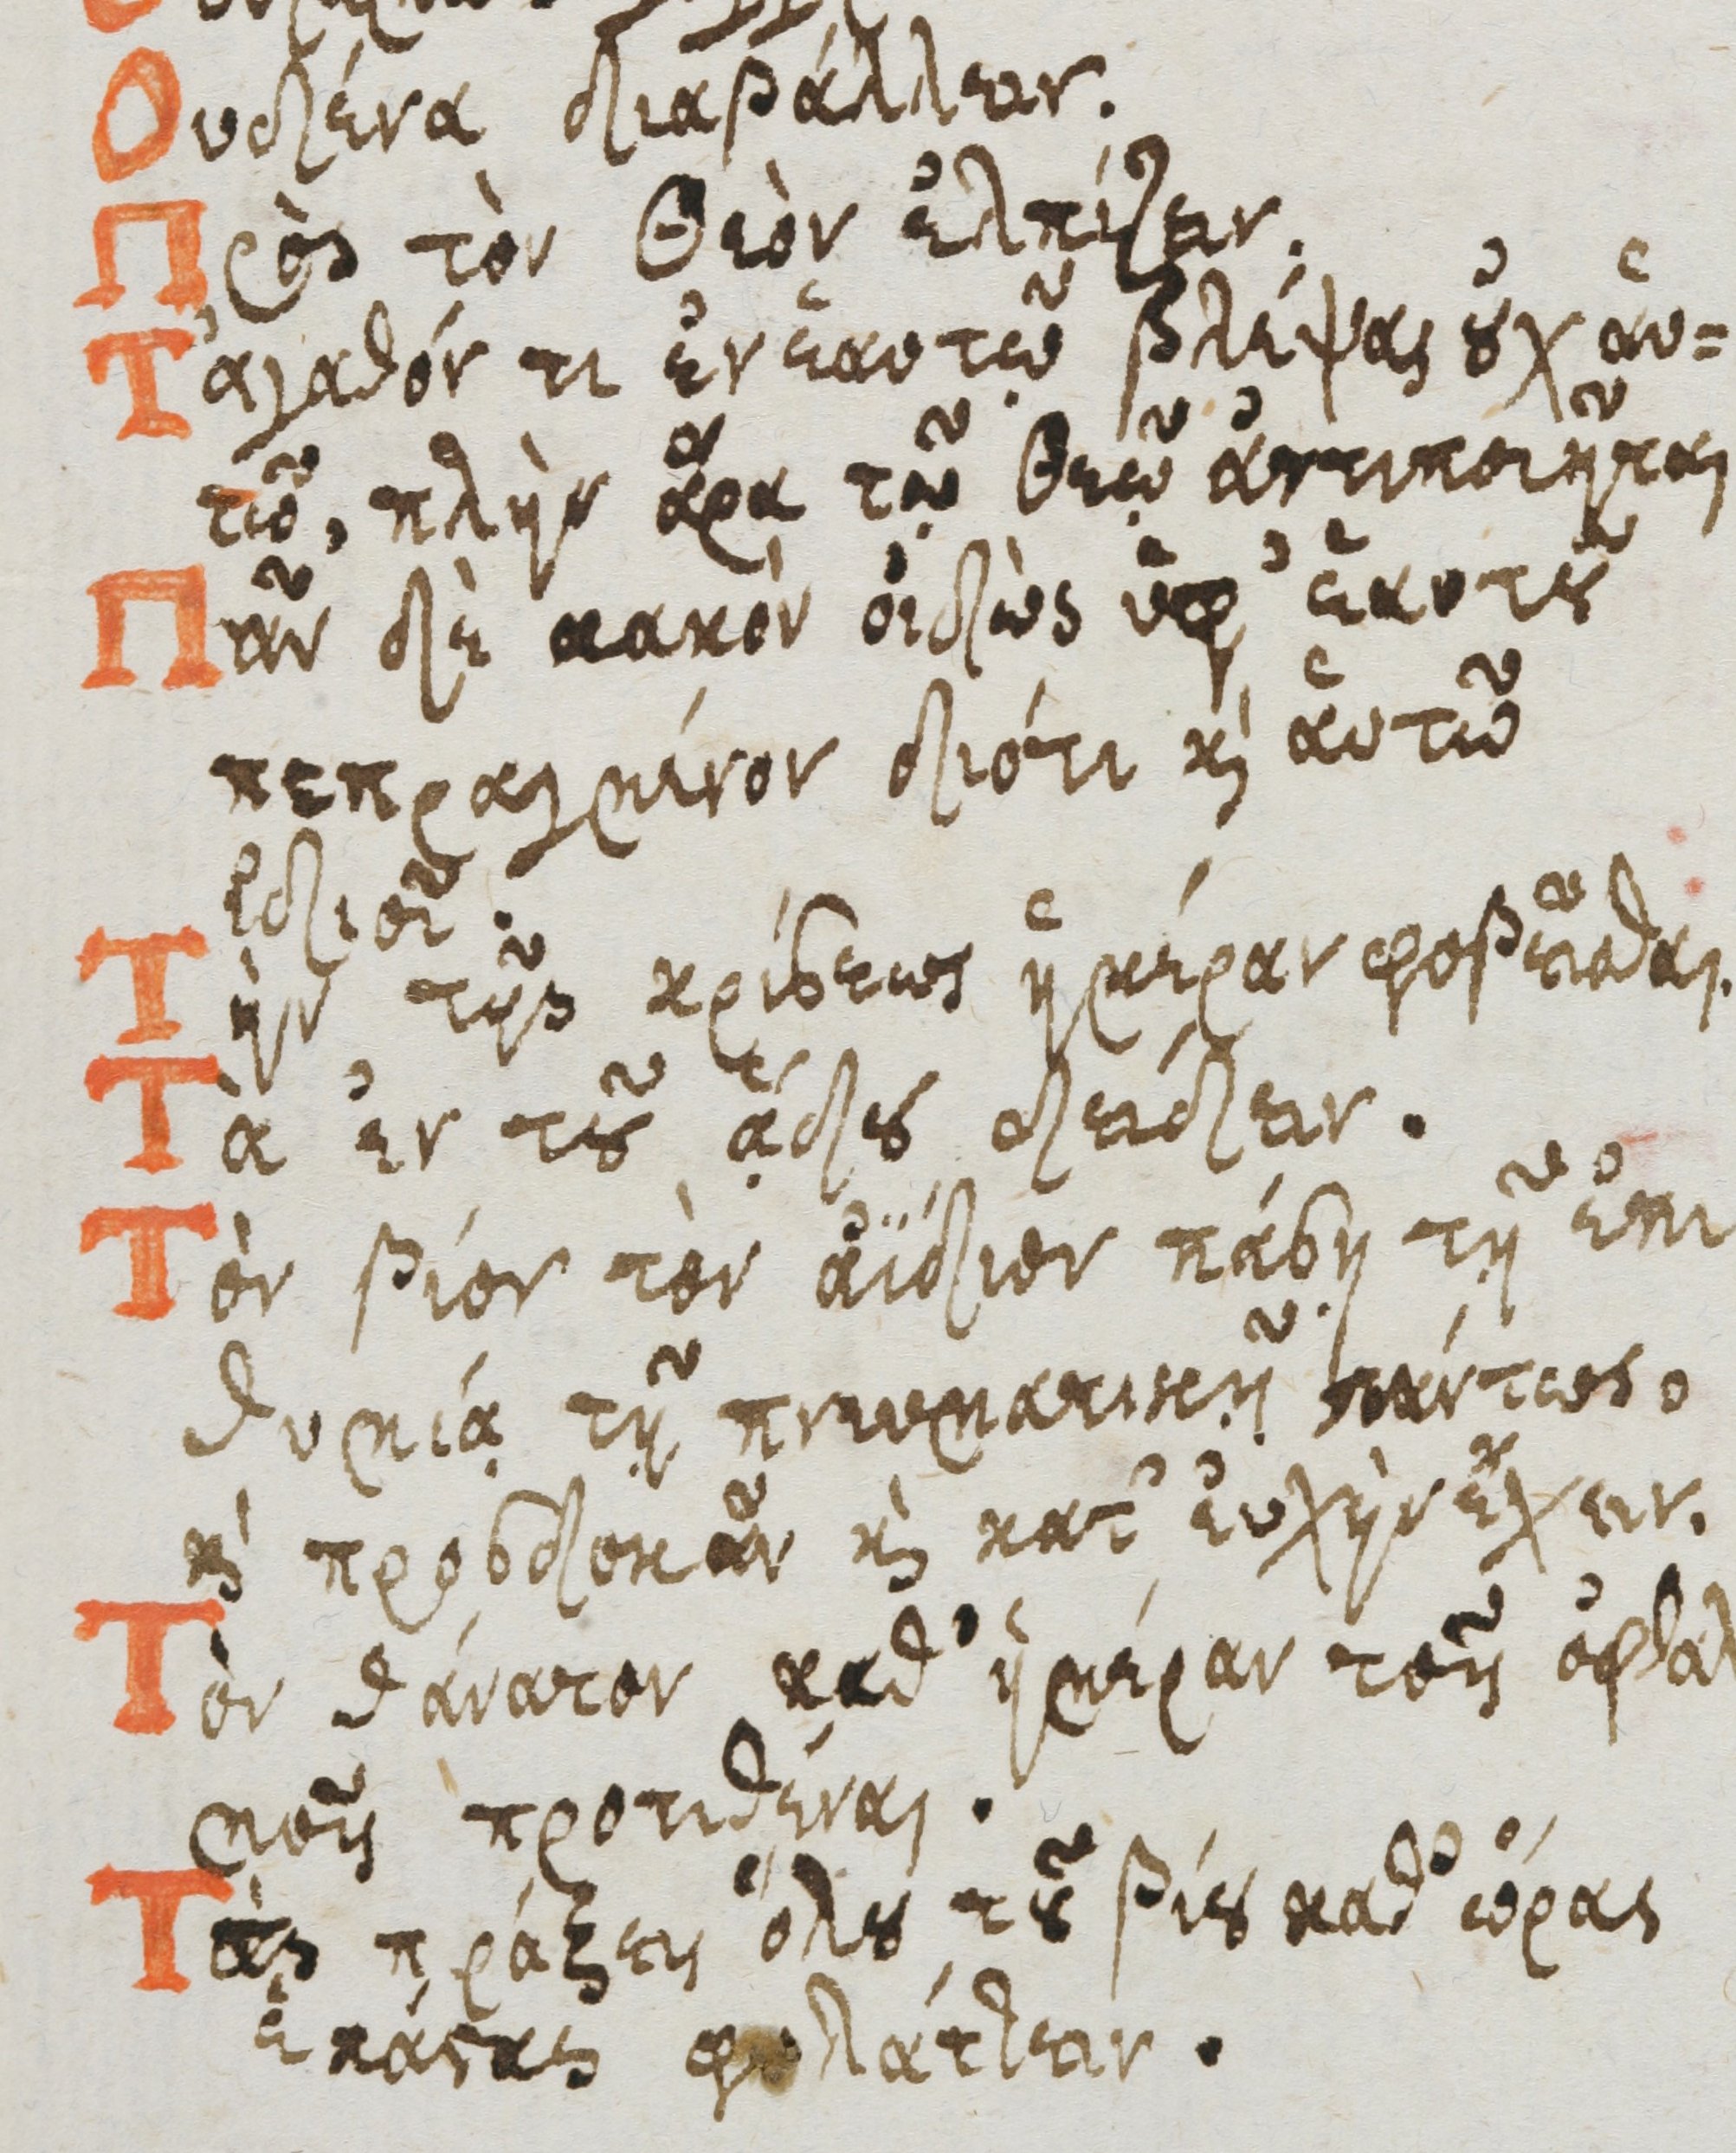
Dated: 1600–1699